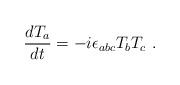
LaTeX: \begin{align*}\frac{dT_a}{dt}= -i\epsilon_{abc}T_b T_c~.\end{align*}